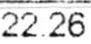
22.26